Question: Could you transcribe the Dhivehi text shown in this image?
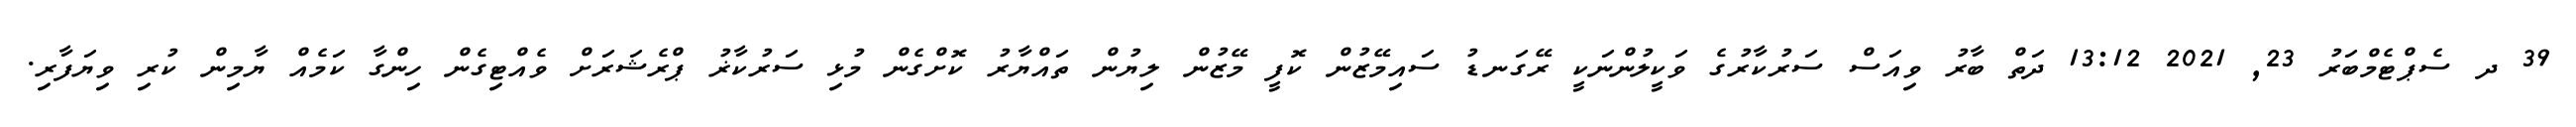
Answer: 39 ދ ސެޕްޓެމްބަރު 23, 2021 13:12 ދަތް ބާރު ވިއަސް ސަރުކާރުގެ ވަކީލުންނަކީ ރޭގަނޑު ސައިމޭޒުން ކޮފީ މޭޒުން ލިޔުން ތައްޔާރު ކޮށްގެން މުޅި ސަރުކާޜު ޕްރެޝަރަށް ވެއްޓިގެން ހިންގާ ކަމެއް ޔާމިން ކުރި ވިޔަފާރި.